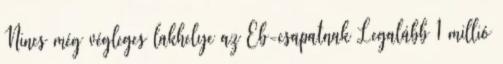
Nincs még végleges lakhelye az Eb-csapatnak Legalább 1 millió